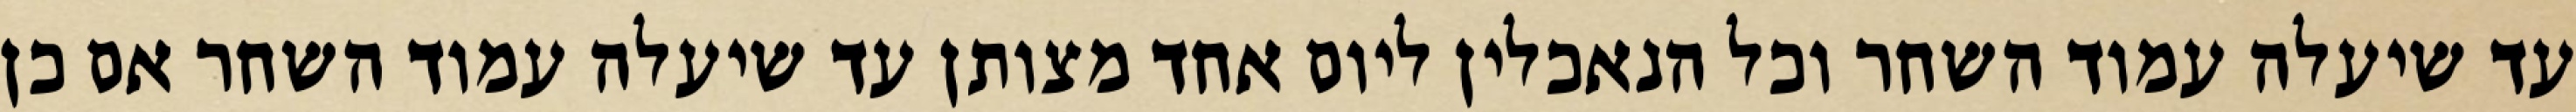
עד שיעלה עמוד השחר וכל הנאכלין ליום אחד מצותן עד שיעלה עמוד השחר אם כן